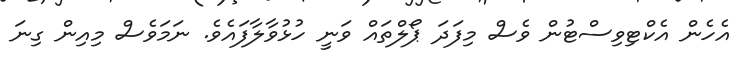
އެހެން އެކްޓިވިސްޓުން ވެސް މިފަދަ ޕޯލްތައް ވަނީ ހުޅުވާލާފައެވެ. ނަމަވެސް މިއިން ގިނަ